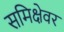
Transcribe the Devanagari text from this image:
समिक्षेवर